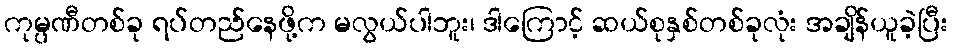
ကုမ္ပဏီတစ်ခု ရပ်တည်နေဖို့က မလွယ်ပါဘူး၊ ဒါကြောင့် ဆယ်စုနှစ်တစ်ခုလုံး အချိန်ယူခဲ့ပြီး